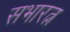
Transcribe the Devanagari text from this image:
सभारत्न